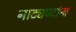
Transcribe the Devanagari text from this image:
नाट्यपदांना